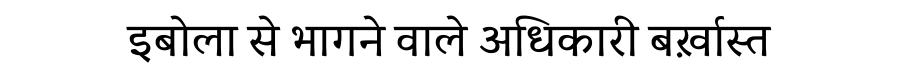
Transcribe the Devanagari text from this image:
इबोला से भागने वाले अधिकारी बर्ख़ास्त